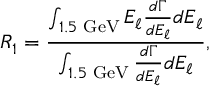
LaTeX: R _ { 1 } = { \frac { \int _ { 1 . 5 \mathrm { \scriptsize ~ G e V } } E _ { \ell } { \frac { d \Gamma } { d E _ { \ell } } } d E _ { \ell } } { \int _ { 1 . 5 \mathrm { \scriptsize ~ G e V } } { \frac { d \Gamma } { d E _ { \ell } } } d E _ { \ell } } } ,